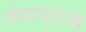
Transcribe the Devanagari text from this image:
पोवाड्यांचेे